Report on the lunatic asylums under the Government of Bombay - 1904-1913
Year: 1904
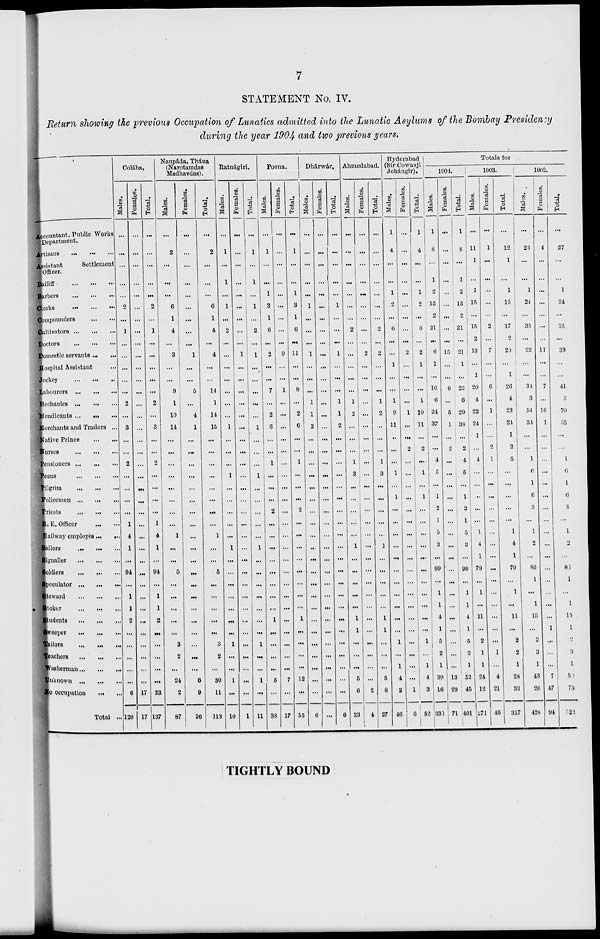
7
STATEMENT No. IV.
Return showing the previous Occupation of Lunatics admitted into the Lunatic Asylums of the Bombay Presidency
during the year 1904 and two previous years.
Accountant, Public Works
Department.
tisans
... ... ...
isistant
Settlement
Officer.
aliff
...
...
...
arbers
...
...
...
Clerks
...
...
...
ompounders ... ... ...
ultivators ... ... ...
Doctors ... ... ...
omestic servants ... ...
Hospital Assistant ...
ockcy
...
...
...
labourers
...
...
...
Icchanics ...
...
...
Iendicants ... ... ...
Merchants and Traders ...
Native Prince
...
...
rses
...
...
...
isioners ... ... ...
ns
...
...
...
grim
...
...
...
licemen
...
...
...
iests
...
...
...
E. Officer
...
...
Railway employès ... ...
ilors
...
...
...
gnaller
...
...
...
ldiers
...
...
...
eculator
...
...
...
eward
...
...
...
coker
...
...
...
Students
...
...
...
Sweeper
...
...
...
Tailors
...
...
...
Teachers
...
...
...
Washerman ... ... ...
Unknown
...
...
...
o occupation
...
...
Total ...
Colába.
Males.
...
...
...
...
...
2
...
1
...
...
...
...
...
2
...
3
...
...
2
...
...
...
...
1
4
1
...
94
...
1
1
2
...
...
...
...
...
6
120
Females.
...
...
...
...
...
...
...
...
...
...
...
...
...
...
...
...
...
...
...
...
...
...
...
...
...
...
...
...
...
...
...
...
...
...
...
...
...
17
17
Total.
...
...
...
...
...
2
...
1
...
. ..
...
...
...
2
...
3
...
...
2
...
...
...
...
1
4
1
...
94
...
1
1
2
...
...
...
...
. ..
23
137
Naupáda, Thána
(Narotamdas
Madhavdas).
Males.
...
2
...
...
...
6
1
4
...
3
...
...
9
1
10
11
...
...
...
...
...
...
...
...
1
...
. ..
5
...
...
. ..
...
...
3
2
...
24
2
87
Females.
...
...
...
...
...
...
...
...
...
1
...
...
5
...
4
1
...
...
...
...
...
...
...
...
...
...
...
...
...
...
...
...
...
...
...
...
6
9
26
Total.
...
2
...
...
...
6
1
4
...
4
...
...
14
1
14
15
...
...
...
...
...
...
...
...
1
...
...
5
...
...
...
...
...
3
2
...
30
11
113
Ratnágiri.
Males.
...
1
...
1
...
1
...
2
...
...
...
...
...
...
...
1
...
...
...
1
...
...
...
...
...
1
...
...
...
...
...
...
...
1
...
...
1
. ..
10
Females.
...
...
...
...
...
...
...
1
...
...
...
...
...
...
...
...
...
...
...
...
...
...
...
...
...
...
...
...
...
...
...
...
...
...
...
...
1
Total.
...
1
...
1
...
1
...
2
...
1
...
...
...
...
...
1
...
...
...
1
...
...
...
...
...
1
...
...
...
...
...
...
...
1
...
...
1
...
11
Poona.
Males.
...
1
...
...
1
3
1
6
. ..
2
...
...
7
...
2
6
...
...
1
...
...
...
2
...
...
...
...
...
...
...
...
1
...
...
...
...
6
...
38
Females.
...
...
...
...
...
...
...
...
...
9
...
...
1
...
...
...
...
...
...
...
...
...
...
...
...
...
...
...
...
...
...
...
...
...
...
...
7
...
17
Total.
...
1
...
...
1
3
1
6
...
11
...
...
8
...
2
6
...
...
1
...
...
...
2
...
...
...
...
...
...
...
...
1
...
...
...
...
12
...
55
Dhárwár.
Males.
...
...
...
...
...
1
...
...
...
1
...
...
...
1
1
2
...
...
...
...
.».
...
...
...
...
...
...
...
...
...
...
...
...
...
...
...
...
...
6
Females.
...
...
...
...
...
...
...
...
...
...
...
...
...
...
...
...
...
...
...
...
...
...
...
...
...
...
...
...
...
...
...
...
...
...
...
...
...
...
Total.
...
...
...
...
...
1
...
...
...
1
. ..
...
1
1
2
...
...
...
...
...
...
...
...
...
...
...
...
...
...
...
...
...
...
...
...
...
...
0
Ahmedabad.
Males.
...
...
...
...
...
...
...
2
...
...
...
...
...
1
2
...
...
...
1
3
...
...
...
...
...
1
...
...
...
...
...
1
1
...
...
...
5
6
23
Females.
...
...
...
...
...
...
...
...
...
2
...
...
...
...
...
...
...
...
...
...
...
...
...
...
...
...
...
...
...
...
...
...
...
...
...
...
...
2
4
Total.
...
...
...
...
...
...
...
2
...
2
...
...
...
1
2
...
...
...
1
3
...
...
...
...
...
1
...
...
...
...
...
1
1
...
...
...
5
8
27
Hyderabad
(Sir Cowasji
Jehángir).
Males.
1
4
...
...
1
2
...
6
...
...
1
...
...
1
9
11
..
...
...
1
1
...
...
...
...
...
...
...
...
...
...
...
1
...
1
4
2
46
Females.
...
...
...
...
...
...
...
...
...
2
...
...
...
...
1
...
...
2
...
...
...
...
...
...
...
...
...
...
...
...
...
...
...
...
...
...
...
1
6
Total.
1
4
...
...
1
2
...
6
...
2
1
...
1
1
10
11
...
2
...
1
...
1
...
...
...
...
...
...
...
...
...
...
...
1
...
1
4
3
52
Totals for
1904
Males.
1
8
...
1
2
15
2
21
...
6
1
...
16
6
24
37
...
...
4
5
...
1
2
1
5
3
...
99
...
1
1
4
1
5
2
1
39
16
330
Females.
...
...
...
...
...
...
...
...
...
15
...
...
6
...
5
1
...
2
...
...
...
...
...
...
...
...
...
...
...
...
...
...
...
...
...
...
13
29
71
Total.
1
8
...
1
2
15
2
21
...
21
1
...
22
6
29
38
...
2
4
5
...
1
2
1
5
3
...
99
...
1
1
4
1
5
2
1
52
45
401
1903.
Males.
...
11
1
...
1
15
...
15
2
13
...
1
20
4
22
24
1
...
4
...
...
...
...
...
1
4
1
79
...
1
...
11
...
2
1
1
24
12
271
Females.
...
1
...
...
...
...
...
2
...
7
...
...
6
...
1
...
...
2
1
...
...
...
...
...
...
...
...
...
...
...
...
...
...
...
1
...
4
21
46
Total.
...
12
1
...
1
15
...
17
2
20
...
1
26
4
23
24
1
2
5
...
...
...
...
...
1
4
1
79
...
1
...
11
...
2
2
1
28
33
317
1902.
Males.
...
23
...
...
1
24
...
35
...
22
...
...
34
3
54
34
...
...
1
6
1
6
3
...
1
2
...
86
1
...
1
15
...
2
3
1
43
26
428
Females.
...
4
...
...
...
...
...
...
...
11
...
...
7
...
16
1
...
...
...
...
...
...
...
...
...
...
...
...
...
...
...
...
1
...
...
...
7
47
94
Total.
...
27
...
...
1
24
...
35
...
33
...
...
41
3
70
35
...
...
1
6
1
6
3
...
1
2
...
86
1
...
1
15
1
2
3
1
50
73
522